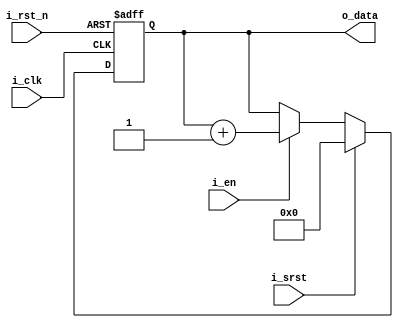
module counter (i_clk, i_rst_n, i_srst, i_en, o_data);

parameter WIDTH = 5;

input i_clk, i_rst_n, i_srst, i_en;

output reg [WIDTH-1:0] o_data;

always @(posedge i_clk or negedge i_rst_n) begin
	if(~i_rst_n) 
	begin
		o_data <= 0;
	end 
	else if (i_srst)
	begin
		o_data <= 0;
	end 
	else if (i_en)
	begin
		o_data <= o_data + 1'b1;
	end 
end

endmodule